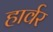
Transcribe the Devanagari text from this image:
हार्वर